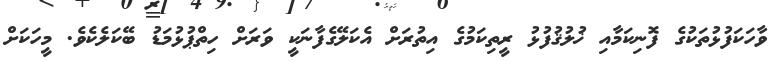
ވާހަކަފުޅުތަކުގެ ފޮނިކަމާއި ޚުލުޤުފުޅުުު ރީތިކަމުގެ އިތުރަށް އެކަލޭގެފާނަކީ ވަރަށް ހިތްޕުޅުމަޑު ބޭކަލެކެވެ. މީހަކަށް